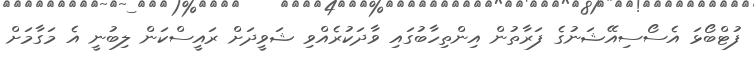
ފުޓްބޯޅަ އެސޯސިއޭޝަނުގެ ފަރާތުން އިންތިހާބުގައި ވާދަކުރެއްވި ޝަވީދަށް ރައީސްކަން ލިބުނީ އެ މަގާމަށް